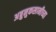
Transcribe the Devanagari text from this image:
अब्रुनुकसानीच्या